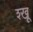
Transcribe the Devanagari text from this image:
श्खू